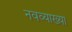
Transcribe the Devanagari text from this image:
नवव्याख्या